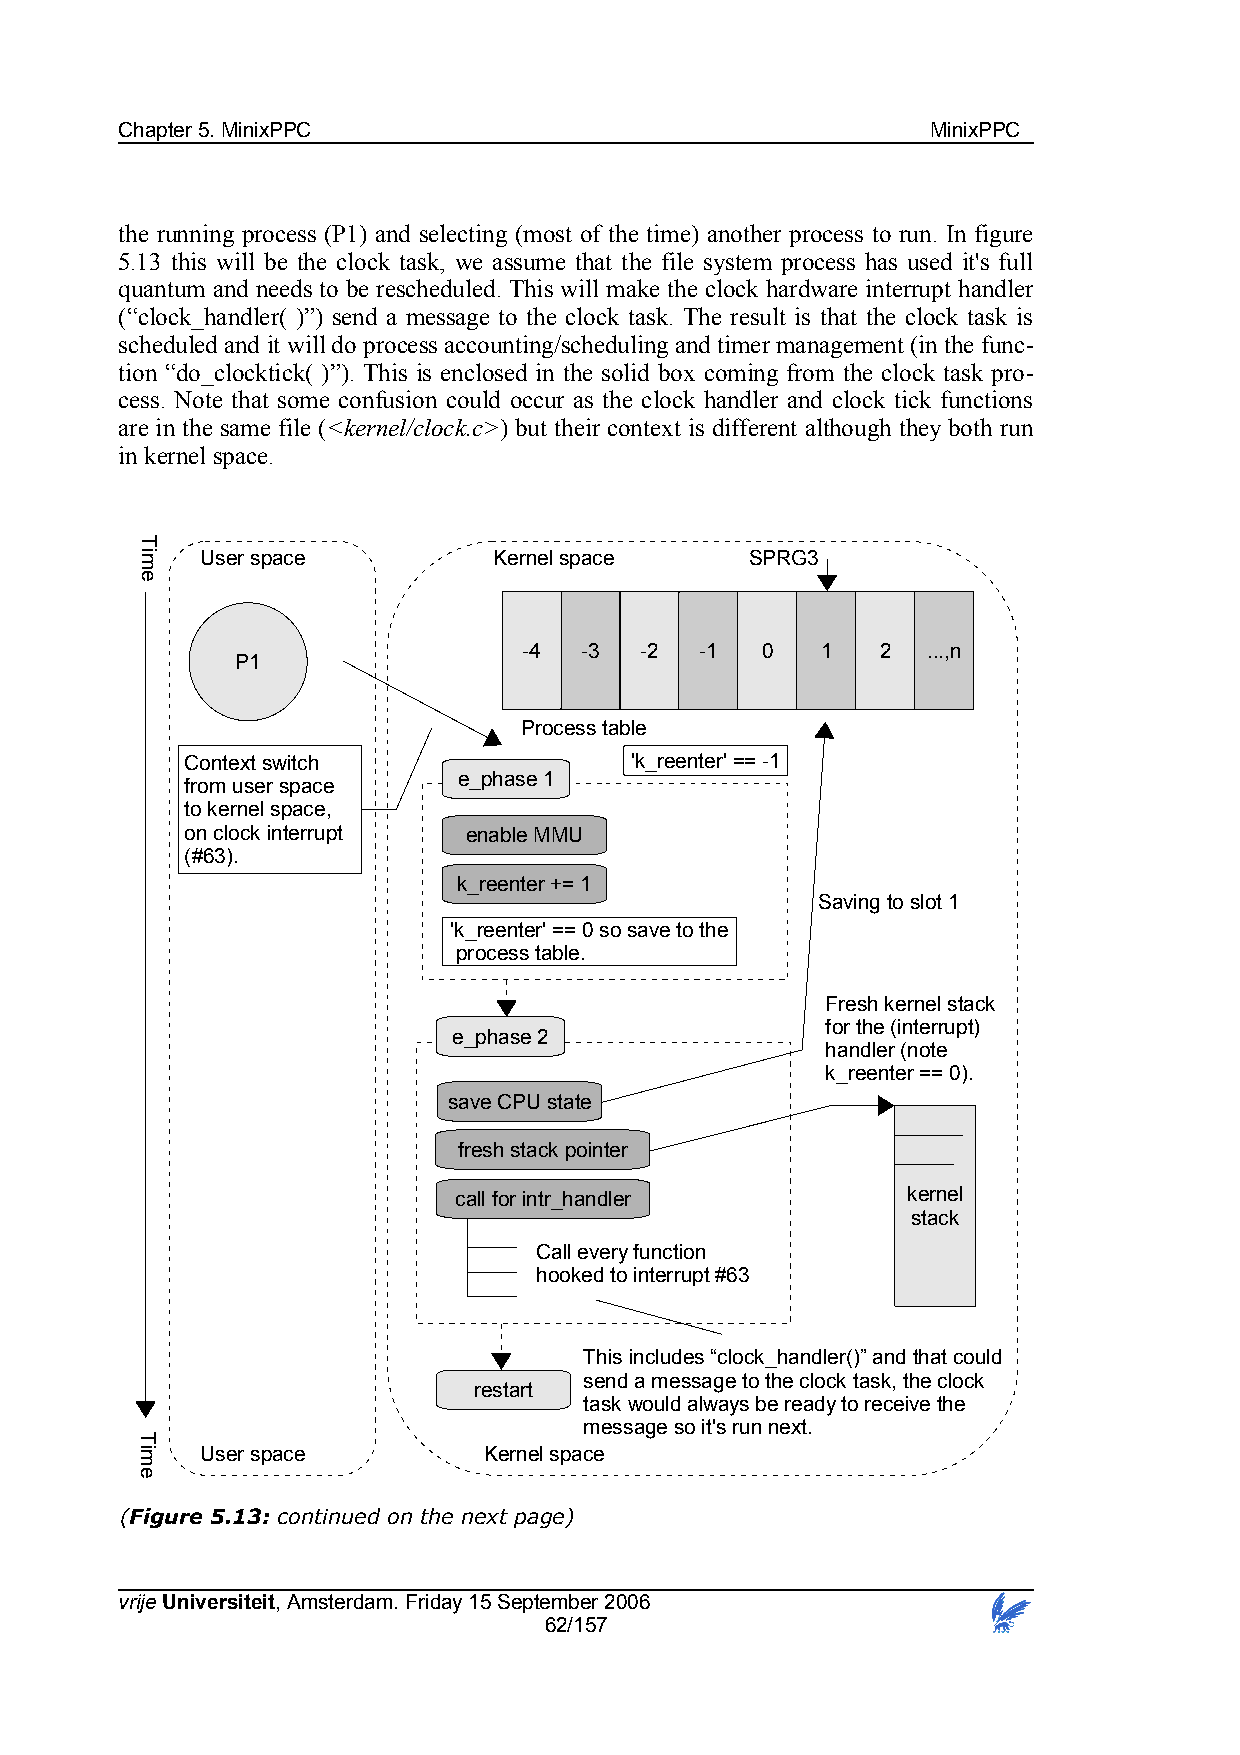
Chapter 5. MinixPPC                                   MinixPPC
 the running process (P1) and selecting (most of the time) another process to run. In figure
 5.13 this will be the clock task, we assume that the file system process has used it's full
 quantum and needs to be rescheduled. This will make the clock hardware interrupt handler
 (“clock_handler( )”) send a message to the clock task. The result is that the clock task is
 scheduled and it will do process accounting/scheduling and timer management (in the func-
 tion “do_clocktick( )”). This is enclosed in the solid box coming from the clock task pro-
 cess. Note that some confusion could occur as the clock handler and clock tick functions
 are in the same file (<kernel/clock.c>) but their context is different although they both run
 in kernel space.
 User space          Kernel space     SPRG3
 -4 -3  -2  -1  0   1   2  ...,n
 P1
 Process table
 Context switch                'k_reenter' == -1
 e_phase 1
 from user space
 to kernel space,
 on clock interrupt enable MMU
 (#63).
 k_reenter += 1
 Saving to slot 1
 'k_reenter' == 0 so save to the
 process table.
 Fresh kernel stack
 for the (interrupt)
 e_phase 2
 handler (note
 k_reenter == 0).
 save CPU state
 fresh stack pointer
 call for intr_handler         kernel
 stack
 Call every function
 hooked to interrupt #63
 This includes “clock_handler()” and that could
 send a message to the clock task, the clock
 restart
 task would always be ready to receive the
 message so it's run next.
 User space         Kernel space
 (Figure 5.13: continued on the next page)
 vrije Universiteit, Amsterdam. Friday 15 September 2006
 62/157
 Time
 Time